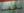
مطعم